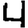
Digit: 4